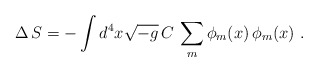
\begin{align*}\Delta\,S= - \int d^4x \sqrt{-g}\,C \,\sum_m\phi_m(x)\,\phi_m(x)\,\, .\end{align*}